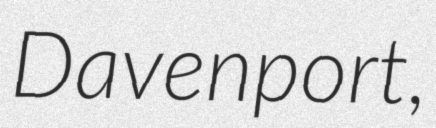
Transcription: Davenport,